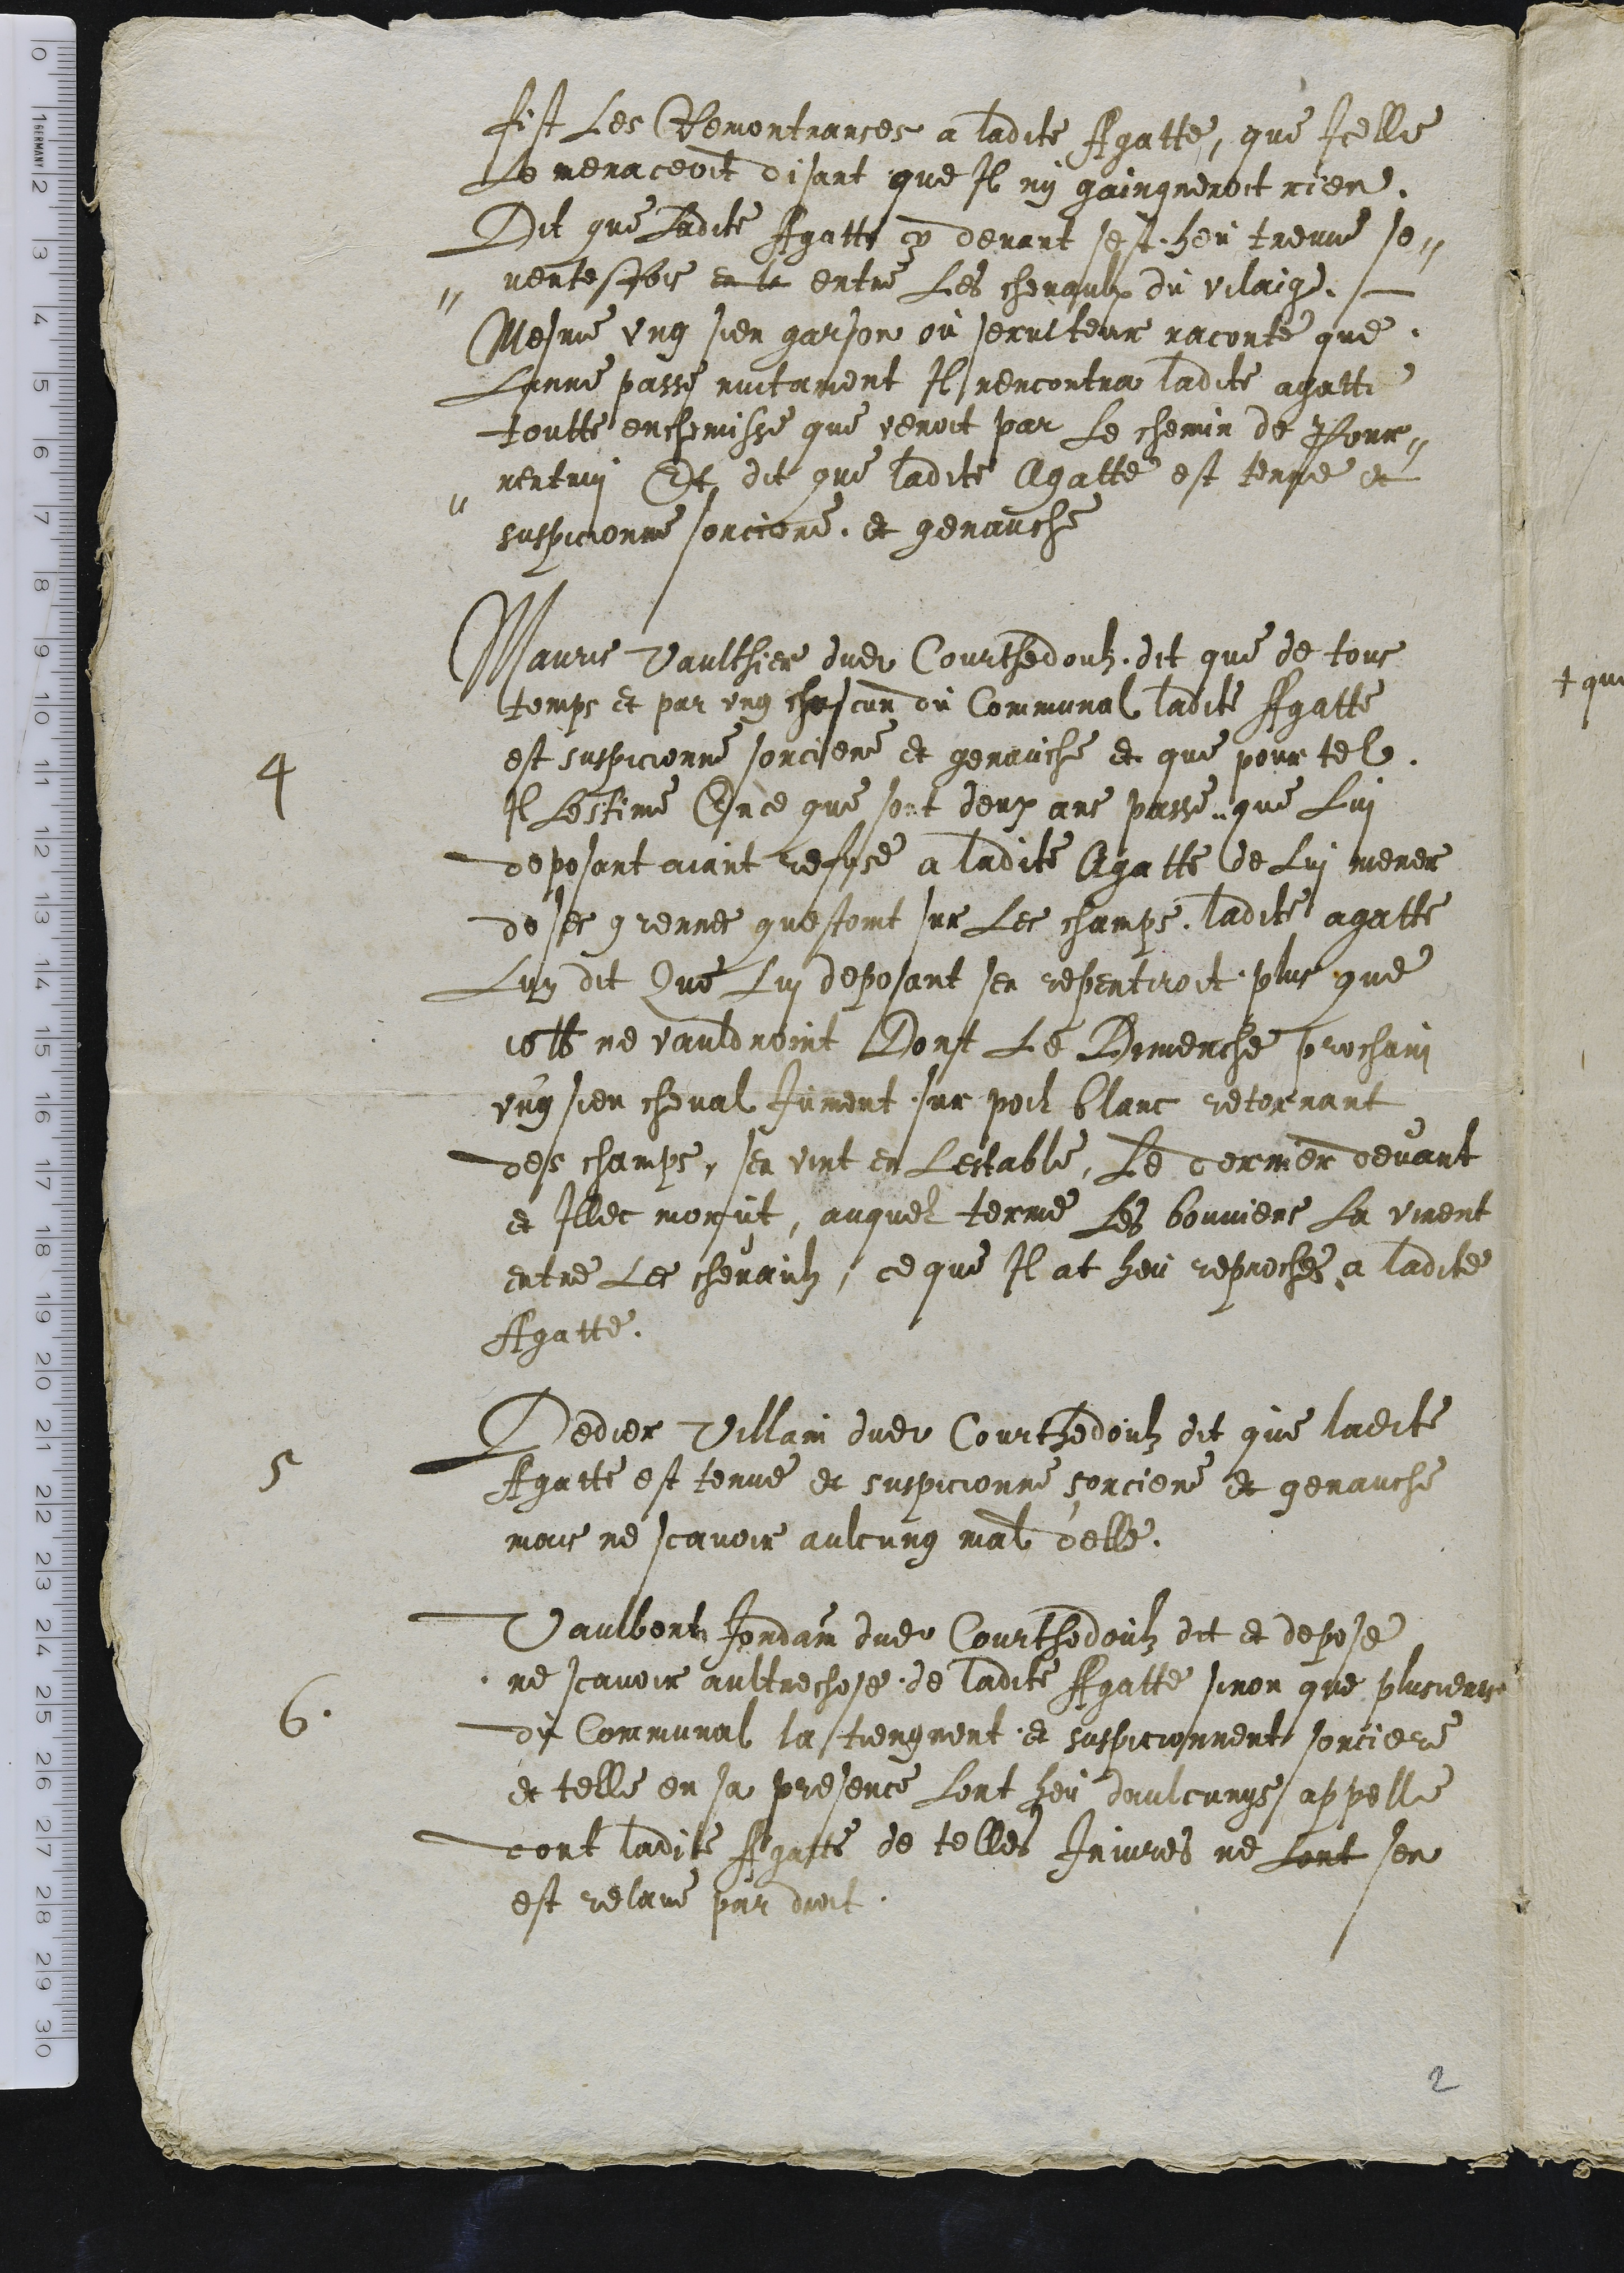
fit Les Remontrances a ladite Agatte, que Icelle
Le menaceoit disant que Il ny gaingneroit rien.
Dit que Ladite Agatte cy devant sest heu treuve so-
-ventesfois en le entre Les chevaulx du vilaige
Mesme ung sien garson ou serviteur raconte que
Lanne passe nuitament Il rencontra ladite agatte
toutte en chemisse que venoit par Le chemin de Pour-
-rentruy Et dit que ladite Agatte est tenue et
suspicionne sorciere et genauche
4 Mauris Vaulthier dudit Courthedouls dit que de tous
temps et par ung chascun du Communal ladite Agatte
est suspicionne sorciere et genauche et que pour tel
Il Lestime En ce que sont deux ans passe que Lui
deposant aiant refuse a ladite Agatte de Lui mener
de ses grennes questoint sur Les champs ladite agatte
Luy dit Que Lui deposant sen repentiroit plus que
10 lb ne vauldroint Dont Le Dimenche prochain
ung sien cheval Jument sur poil blanc retornant
des champs, sen vint en Lestable, Le derrier devant
et Illec morut, auquel terme Les bouviers La virent
entre Les chevaulz, ce que Il at heu reprochee a ladite
Agatte.
5 Dedier Villain dudit Courhedoulz dit que ladite
Agattte est tenue et suspicionne sorciere et genauche
mais ne scavoir aulcung mal d'elle.
6. Vaulbert Jordain dudit Courthedoulz dit et depose
ne scavoir aultrechose de ladite Agatte sinon que plusieurs
du Communal la tiengnent et suspicionnent sorciere
et telle en sa presence Lont heu daulcungs appelle
dont ladite Agatte de telles Injures ne Lont sen
est relave par droit

2